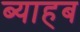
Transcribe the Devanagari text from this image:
ब्याहब